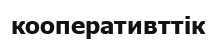
кооперативттік